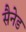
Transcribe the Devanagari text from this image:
सैनेड